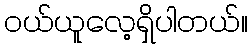
၀ယ်ယူလေ့ရှိပါတယ်။